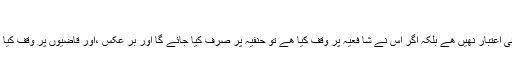
“
(۰) ” وقف کرنے والے کی شرط کا کوئی اعتبار نھیں ھے بلکہ اگر اس نے شا فعیہ پر وقف کیا ھے تو حنفیہ پر صرف کیا جائے گا اور بر عکس ،اور قاضیوں پر وقف کیا ھے تو صو فیہ پر صرف کیا جائے گا ۔